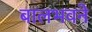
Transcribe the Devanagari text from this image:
बालभवने